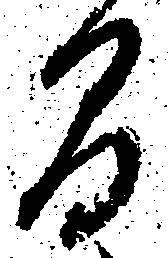
間